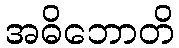
အဓိဘောတိ